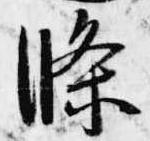
条